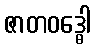
ဇာတဝဒ္ဓေါ